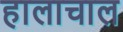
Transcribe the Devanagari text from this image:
हालाचाल